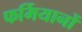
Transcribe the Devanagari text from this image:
फर्मियानों